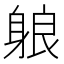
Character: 躴